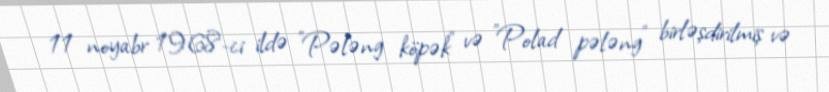
11 noyabr 1968-ci ildə "Pələng köpək" və "Polad pələng" birləşdirilmiş və